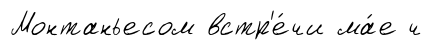
Монтаньесом встр'е́чи ма́е ч